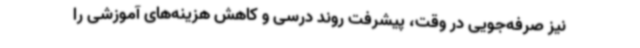
نیز صرفه‌جویی در وقت، پیشرفت روند درسی و کاهش هزینه‌های آموزشی را